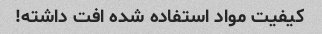
کیفیت مواد استفاده شده افت داشته!